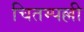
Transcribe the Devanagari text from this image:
चितम्पल्ली